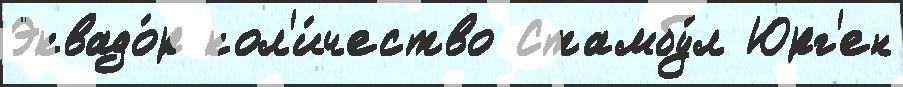
Эквадо́р кол'и́чество Стамбу́л Юрг'ен